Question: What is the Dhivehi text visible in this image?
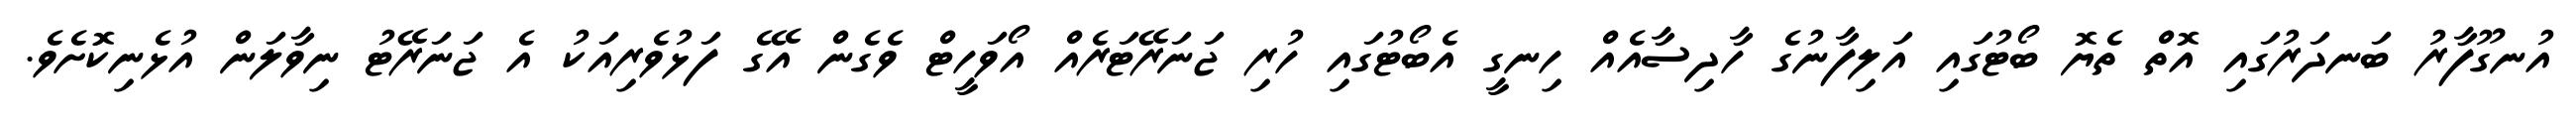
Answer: އުނގޫފާރު ބަނދަރުގައި އޮތް ތެޔޮ ބޯޓުގައި އަލިފާނުގެ ހާދިސާއެއް ހިނގީ އެބޯޓުގައި ހުރި ޖަނަރޭޓަރެއް އޯވަހީޓް ވެގެން އޭގެ ފަޅުވެރިއަކު އެ ޖަނަރޭޓު ނިވާލަން އުޅެނިކޮށެވެ.